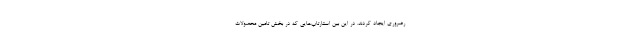
رضروری ایجاد کردند. در این بین استارتاپ‌هایی که در بخش تامین محصولات